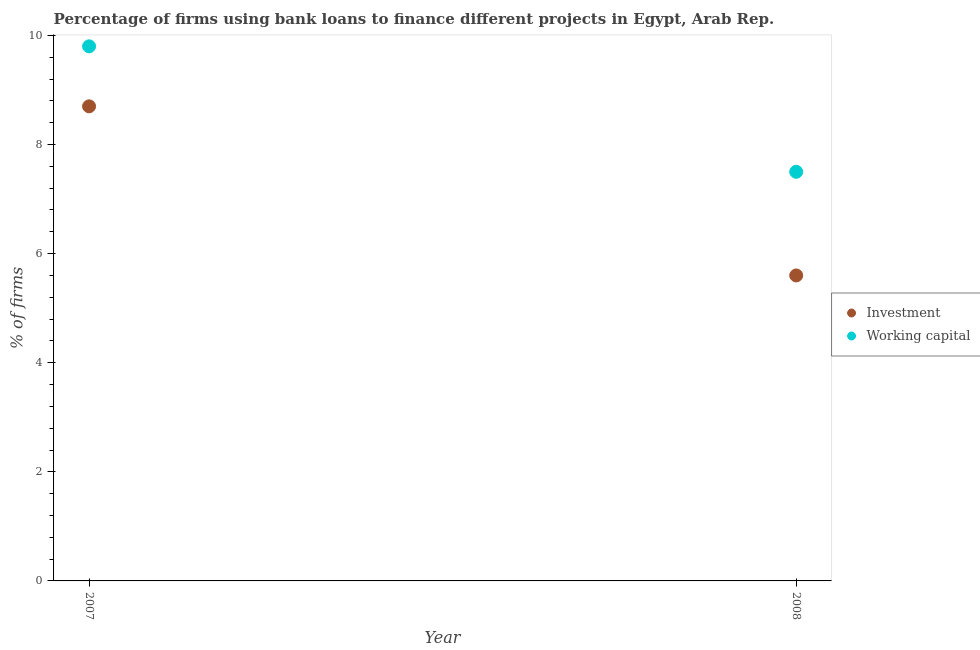
| Year | Investment | Working capital |
 | --- | --- | --- |
 | 2007 | 8.7 | 9.8 |
 | 2008 | 5.6 | 7.5 |